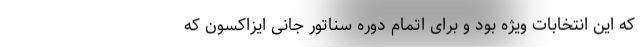
که این انتخابات ویژه بود و برای اتمام دوره سناتور جانی ایزاکسون که